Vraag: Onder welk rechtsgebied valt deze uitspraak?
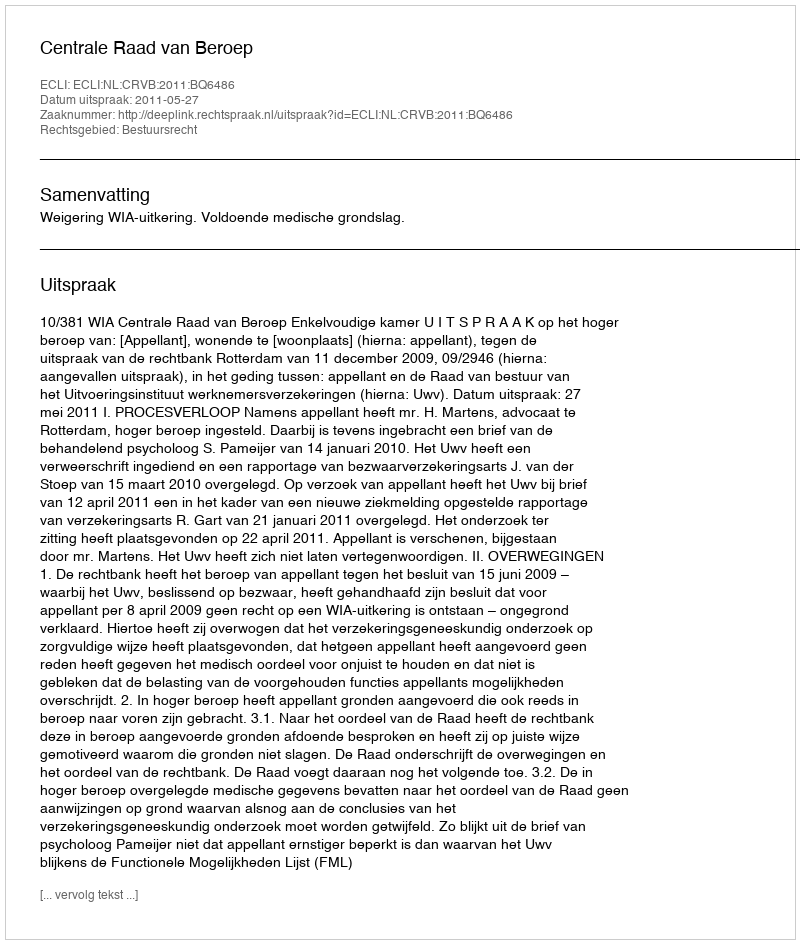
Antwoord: Bestuursrecht